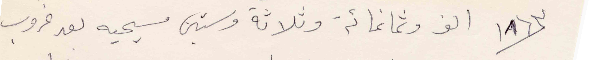
١٨٦٣ الف وثمانمائة وثلاثة وستين مسيحيه بعد غروب